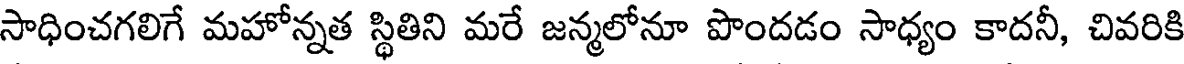
సాధించగలిగే మహోన్నత స్థితిని మరే జన్మలోనూ పొందడం సాధ్యం కాదనీ, చివరికి